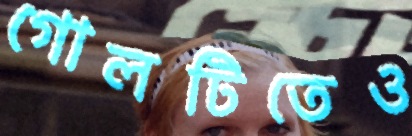
গোলটিতেও